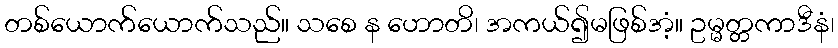
တစ်ယောက်ယောက်သည်။ သစေ န ဟောတိ၊ အကယ်၍မဖြစ်အံ့။ ဥမ္မတ္တကာဒီနံ၊